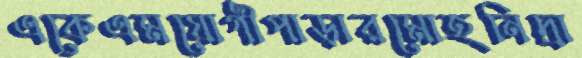
একেএমযোগীপাড়ারমোহনিদ্রা